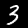
Digit: 3